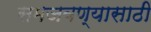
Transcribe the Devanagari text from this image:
समजवण्यासाठी